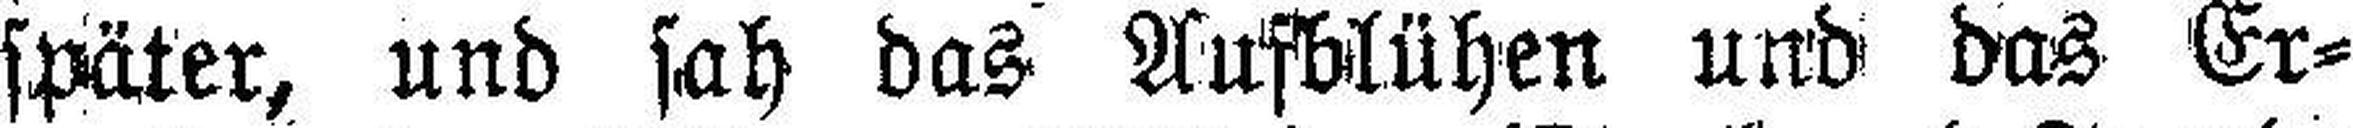
später, und sah das Aufblühen und das Er¬